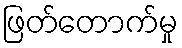
ဖြတ်တောက်မှု